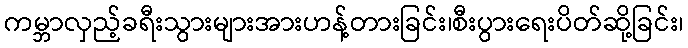
ကမ္ဘာလှည့်ခရီးသွားများအားဟန့်တားခြင်း၊စီးပွားရေးပိတ်ဆို့ခြင်း၊